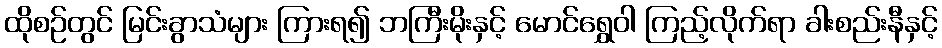
ထိုစဉ်တွင် မြင်းခွာသံများ ကြားရ၍ ဘကြီးမိုးနှင့် မောင်ရွှေဝါ ကြည့်လိုက်ရာ ခါးစည်းနီနှင့်